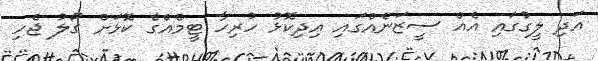
އަދި ލީގުގައި އެއް ސީޒަނެއްގައި އިދިކޮޅު ހުރިހާ ޓީމެއްގެ ކޮޅަށް ގޯލު ޖެހި